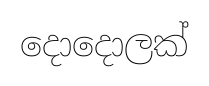
දොදොලක්